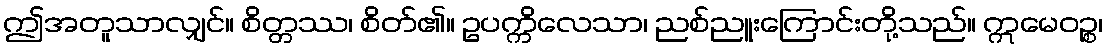
ဤအတူသာလျှင်။ စိတ္တဿ၊ စိတ်၏။ ဥပက္ကိလေသာ၊ ညစ်ညူးကြောင်းတို့သည်။ ဣမေဝဉ္စ၊